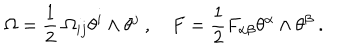
LaTeX: \Omega = \frac { 1 } { 2 } \ \Omega _ { i j } \theta ^ { i } \wedge \theta ^ { j } \ , F = \frac { 1 } { 2 } F _ { \alpha \beta } \theta ^ { \alpha } \wedge \theta ^ { \beta } \ .